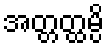
အတ္တတ္ထမ္ပိ